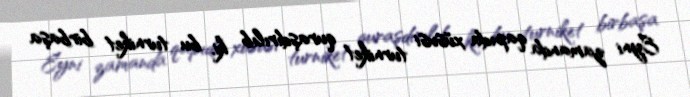
Eyni zamanda qapıda xüsusi turniket quraşdırılıb ki, bu turniket birbaşa